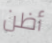
أظن